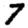
Digit: 7